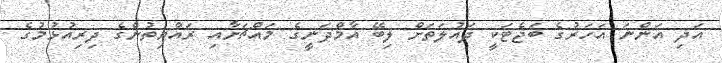
އަދި އަންނަ އަހަރުގެ ބަޖެޓަކީ ދައުލަތަށް ލިބޭ އާމްދަނީގެ މައްޗަށާއި ރައްޔިތުންގެ ދިރިއުޅުމުގެ